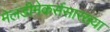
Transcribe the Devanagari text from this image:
मेलडीमेकर्ससारख्या